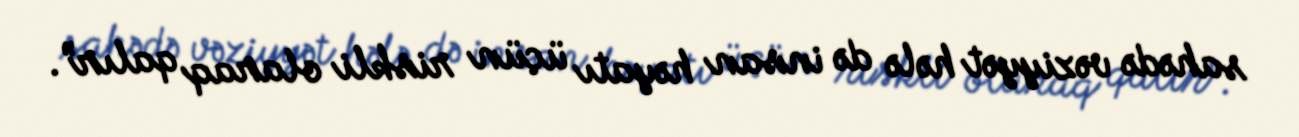
sahədə vəziyyət hələ də insan həyatı üçün riskli olaraq qalır”.